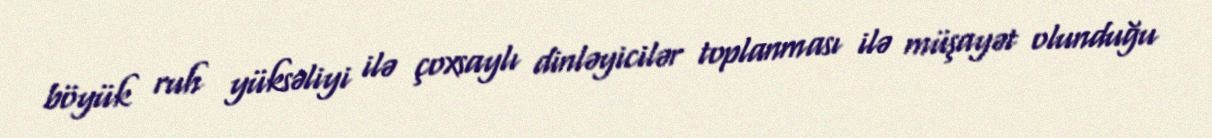
böyük ruh yüksəliyi ilə çoxsaylı dinləyicilər toplanması ilə müşayət olunduğu